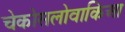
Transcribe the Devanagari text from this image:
चेकोसलोवाकिआ